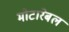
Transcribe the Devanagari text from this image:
मोटारेबल